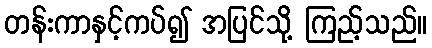
တန်းကာနှင့်ကပ်၍ အပြင်သို့ ကြည့်သည်။